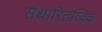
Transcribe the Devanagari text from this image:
संधारितत्विक